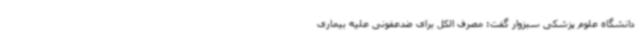
دانشگاه علوم پزشکی سبزوار گفت: مصرف الکل برای ضدعفونی علیه بیماری